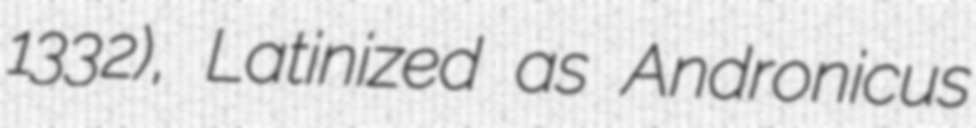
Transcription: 1332), Latinized as Andronicus